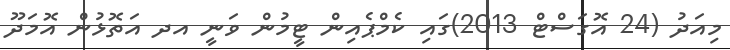
މިއަދު (24 އޮގަސްޓް 2013)ގައި ކެމްޕެއިން ޓީމުން ވަނީ އދ އަތޮޅުން އޮމަދޫ